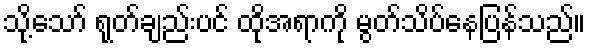
သို့သော် ရုတ်ချည်းပင် ထိုအရာကို မွတ်သိပ်နေပြန်သည်။